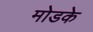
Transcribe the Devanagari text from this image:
मोडके